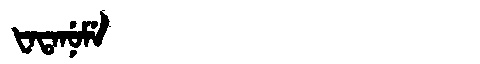
Manchu: ᡶᠠᡨᠠᠨᡠᠮᡝ
Romanization: FATANUME